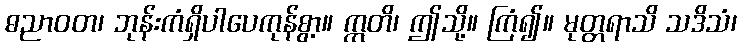
ဓညာဝတ၊ ဘုန်းကံရှိပါပေကုန်စွာ့။ ဣတိ၊ ဤသို့။ ကြံ၍။ မုတ္တရာသိ သဒိသံ၊